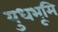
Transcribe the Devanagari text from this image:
युधभूमि